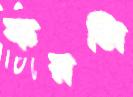
করলি